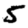
Digit: 5